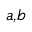
^ { a , b }